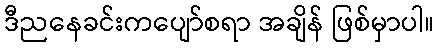
ဒီညနေခင်းကပျော်စရာ အချိန် ဖြစ်မှာပါ။